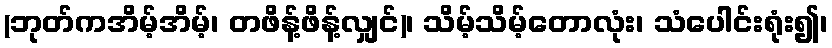
(ဘုတ်ကအိမ့်အိမ့်၊ တဖိန့်ဖိန့်လျှင်)၊ သိမ့်သိမ့်တောလုံး၊ သံပေါင်းရုံး၍၊